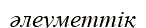
әлеуметтіқ